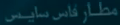
مطافار فاس ساینس